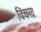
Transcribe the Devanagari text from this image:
विंचरत